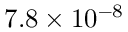
7 . 8 \times 1 0 ^ { - 8 }